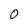
Character: O